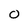
Character: 0